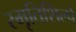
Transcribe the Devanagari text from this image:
स्मृतिशिल्पे